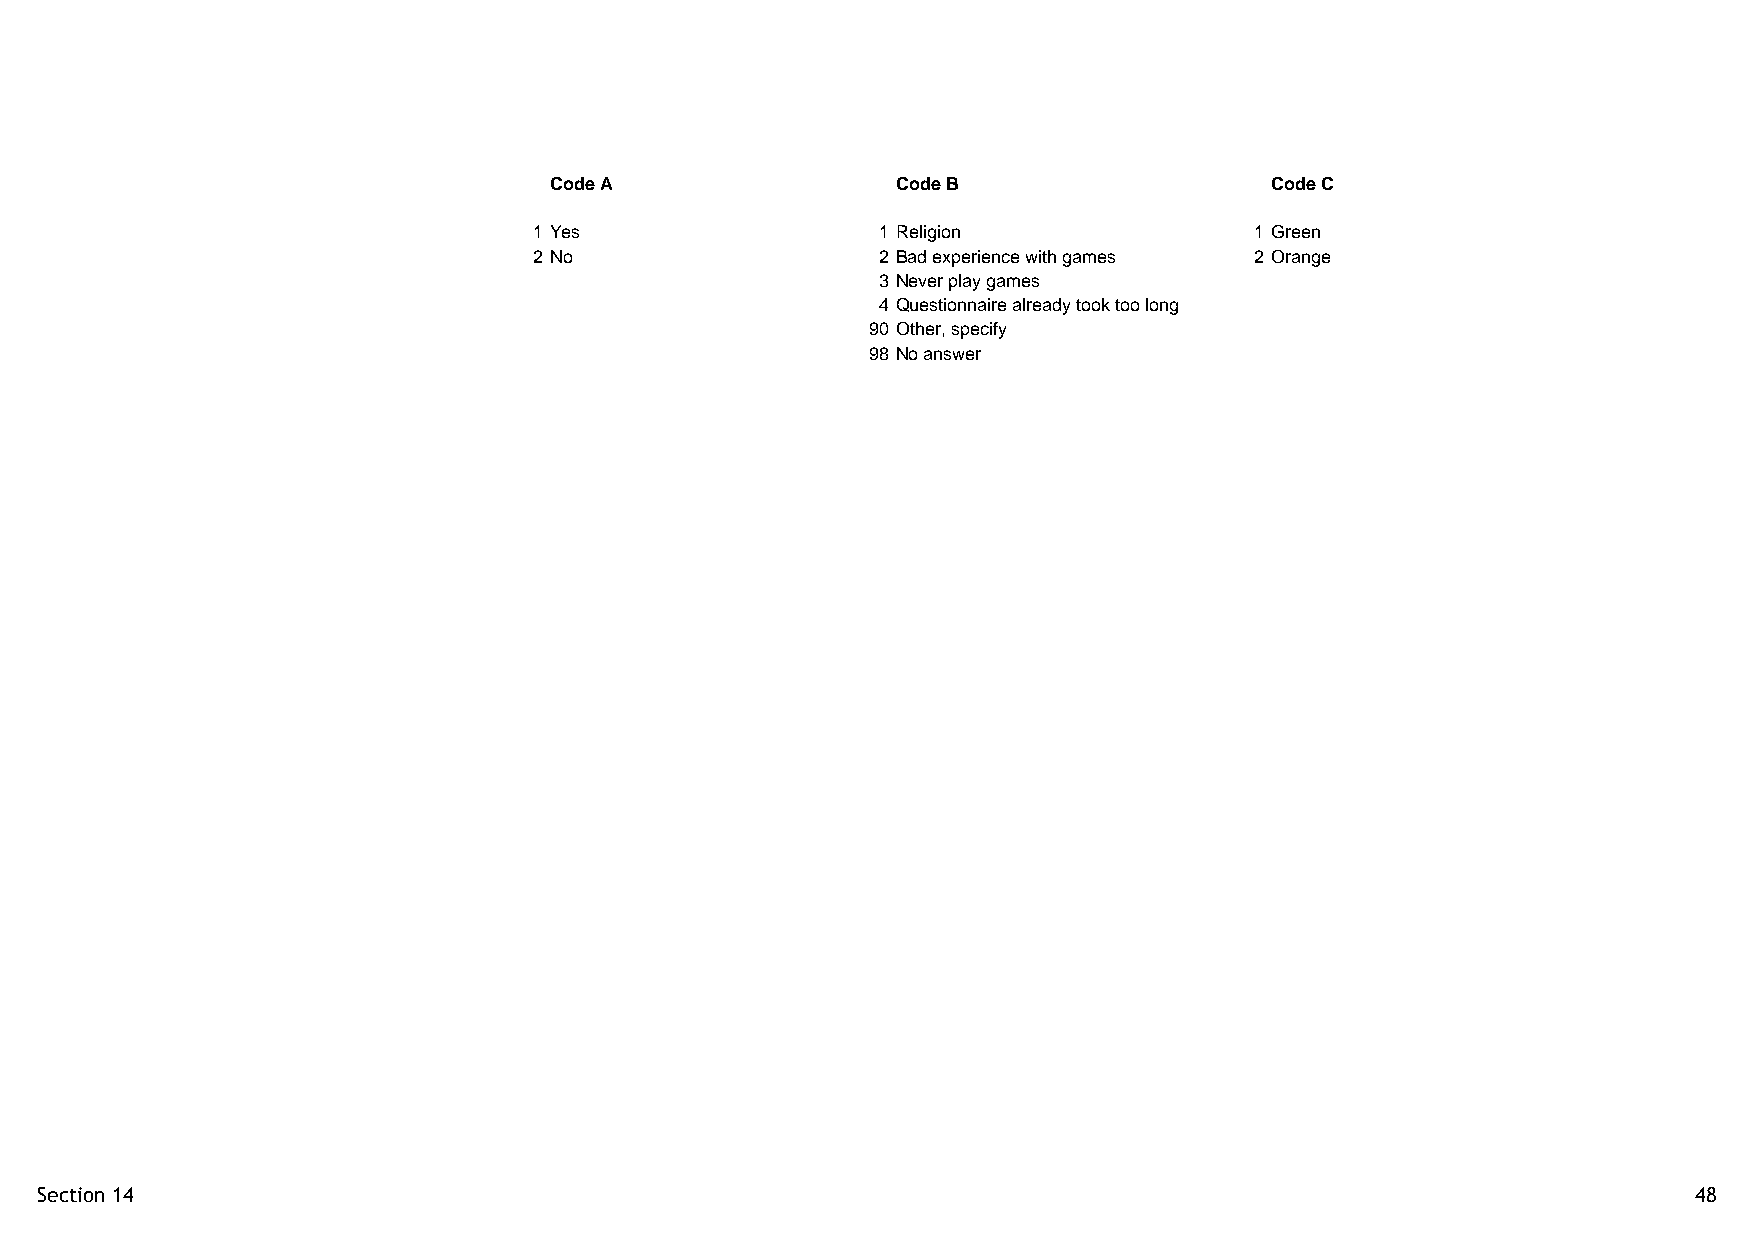
Code A                 Code B                   Code C
 1 Yes                  1 Religion               1 Green
 2 No                   2 Bad experience with games 2 Orange
 3 Never play games
 4 Questionnaire already took too long
 90 Other, specify
 98 No answer
 Section 14                                                                                                    48